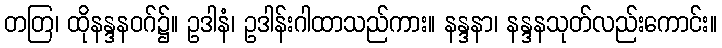
တတြ၊ ထိုနန္ဒနဝဂ်၌။ ဥဒါနံ၊ ဥဒါန်းဂါထာသည်ကား။ နန္ဒနာ၊ နန္ဒနသုတ်လည်းကောင်း။